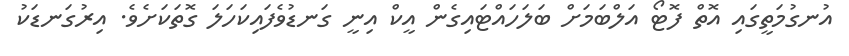
އުނގުމަތީގައި އޮތް ފޮޓޯ އަލްބަމަށް ބަލަހައްޓައިގެން އީކް އިނީ ގަނޑުވެފައިކަހަލަ ގޮތަކަށެވެ. އިރުގަނޑަކު